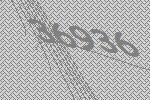
36936